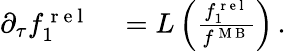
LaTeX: \begin{array}{rl}{\partial_{\tau}f_{1}^{\mathrm{~r~e~l~}}}&{{}=L\left(\frac{f_{1}^{\mathrm{~r~e~l~}}}{f^{\mathrm{~M~B~}}}\right)\, .}\end{array}